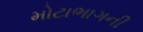
મોટાભાગની